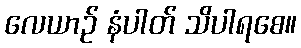
လေယာဉ် နံပါတ် သိပါရစေ။